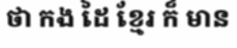
ថា កង ដៃ ខ្មែរ ក៏ មាន